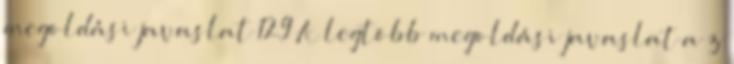
megoldási javaslat 129 A legtöbb megoldási javaslat a z